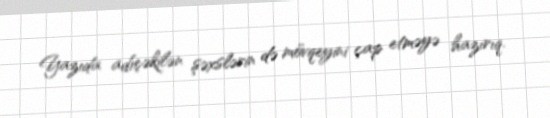
Yazıda adıçəkilən şəxslərin də mövqeyini çap etməyə hazırıq.